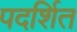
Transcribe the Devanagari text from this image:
पदर्शित